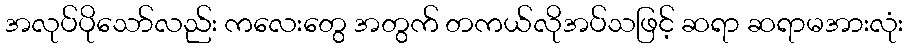
အလုပ်ပိုသော်လည်း ကလေးတွေ အတွက် တကယ်လိုအပ်သဖြင့် ဆရာ ဆရာမအားလုံး